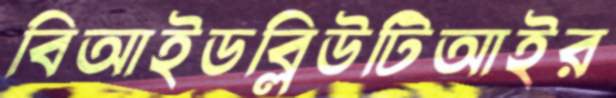
বিআইডব্লিউটিআইর